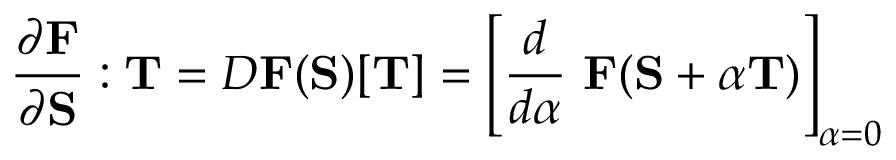
{ \frac { \partial \mathbf { F } } { \partial \mathbf { S } } } : \mathbf { T } = D \mathbf { F } ( \mathbf { S } ) [ \mathbf { T } ] = \left[ { \frac { d } { d \alpha } } ~ \mathbf { F } ( \mathbf { S } + \alpha \mathbf { T } ) \right] _ { \alpha = 0 }